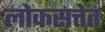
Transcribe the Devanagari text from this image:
लोकसत्तेत